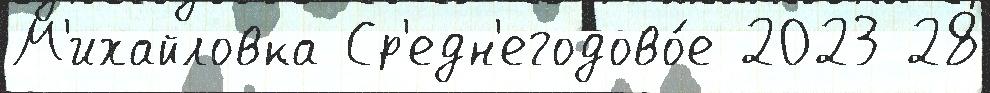
М'ихайловка Ср'едн'егодово́е 2023 28